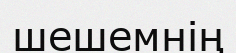
шешемнің